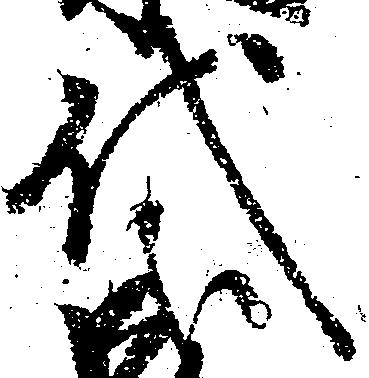
代